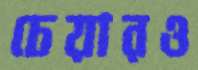
চেয়ারও